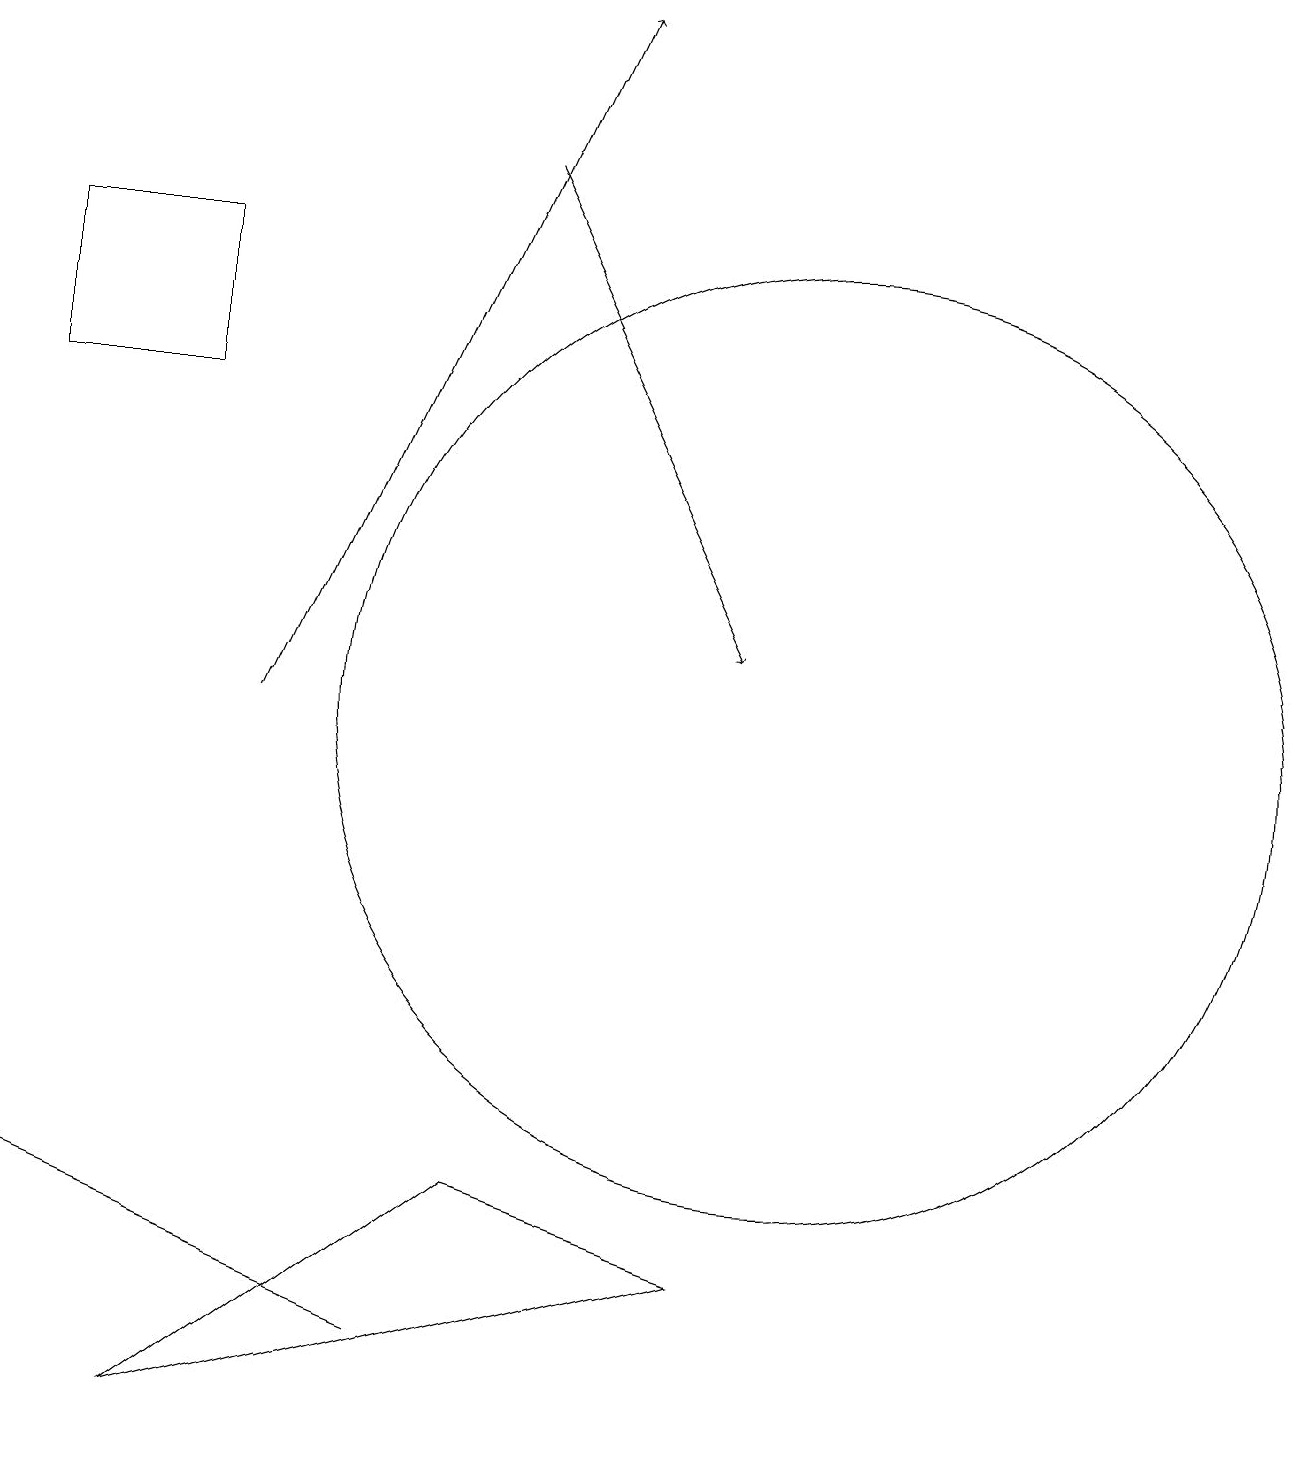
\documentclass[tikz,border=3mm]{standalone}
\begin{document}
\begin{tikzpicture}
\draw[->] (6,17) -- (9,11);
\draw (5,2) -- (0,4) -- (5,2) -- cycle;
\draw (2,1) -- (6,4) -- (9,3) -- cycle;
\draw (10,10) circle (6);
\draw[->] (3,10) -- (7,19);
\draw (0,16) rectangle (2,14);
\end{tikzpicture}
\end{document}